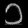
Digit: ၁